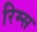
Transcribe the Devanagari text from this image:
रिम्स